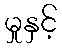
မှုနှင့်